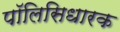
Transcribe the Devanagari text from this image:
पॉलिसिधारक